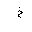
Letter: _kha